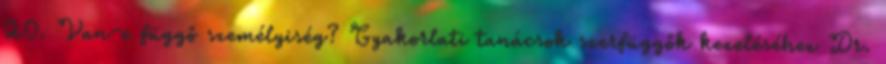
20. Van-e függő személyiség? Gyakorlati tanácsok szerfüggők kezeléséhez Dr.